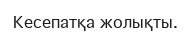
Кесепатқа жолықты.